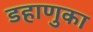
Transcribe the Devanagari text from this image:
डहाणुका